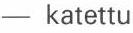
- katettu